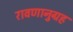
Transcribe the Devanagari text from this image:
रावणानुग्रह